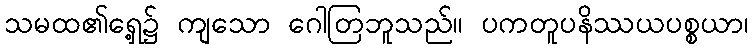
သမထ၏ရှေ့၌ ကျသော ဂေါတြဘူသည်။ ပကတူပနိဿယပစ္စယာ၊